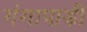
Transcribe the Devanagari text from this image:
गंगापाड़ी